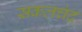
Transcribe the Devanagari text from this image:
सकलचंद